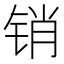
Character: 销